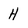
Character: H